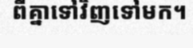
ពីគ្នាទៅវិញទៅមក។